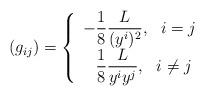
LaTeX: \begin{align*}\left( g_{ij}\right) =\left\{ \begin{array}{c}-\dfrac{1}{8}\dfrac{L}{(y^{i})^{2}},~\ i=j\,\ \\ \dfrac{1}{8}\dfrac{L}{y^{i}y^{j}},~\ i\not=j\end{array}\right. \end{align*}